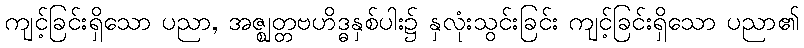
ကျင့်ခြင်းရှိသော ပညာ, အဇ္ဈတ္တဗဟိဒ္ဓနှစ်ပါး၌ နှလုံးသွင်းခြင်း ကျင့်ခြင်းရှိသော ပညာ၏